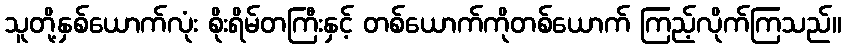
သူတို့နှစ်ယောက်လုံး စိုးရိမ်တကြီးနှင့် တစ်ယောက်ကိုတစ်ယောက် ကြည့်လိုက်ကြသည်။